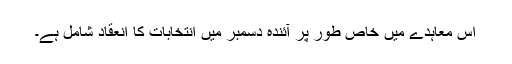
اس معاہدے میں خاص طور پر آئندہ دسمبر میں انتخابات کا انعقاد شامل ہے۔